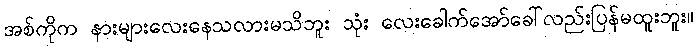
အစ်ကိုက နားများလေးနေသလားမသိဘူး သုံး လေးခေါက်အော်ခေါ်လည်းပြန်မထူးဘူး။